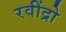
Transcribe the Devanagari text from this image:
रवींद्रो